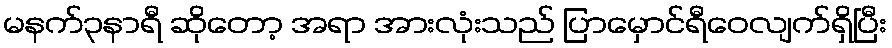
မနက်၃နာရီ ဆိုတော့ အရာ အားလုံးသည် ပြာမှောင်ရီဝေလျက်ရှိပြီး